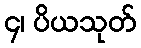
၄၊ ပိယသုတ်